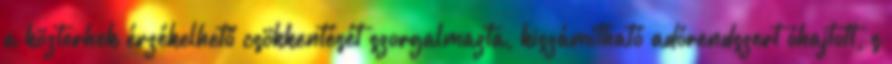
a közterhek érzékelhető csökkentését szorgalmazta, kiszámítható adórendszert óhajtott, s